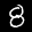
Label: 8